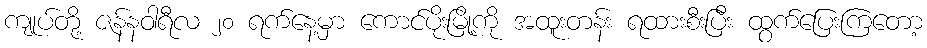
ကျုပ်တို့ ဇန်နဝါရီလ ၂၀ ရက်နေ့မှာ ကောင်ပိုးမြို့ကို အထူးတန်း ရထားစီးပြီး ထွက်ပြေးကြတော့